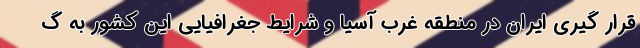
قرار گیری ایران در منطقه غرب آسیا و شرایط جغرافیایی این کشور به گ